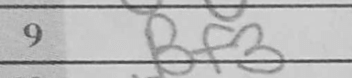
Transcription: Bf3